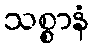
သစ္စာနံ